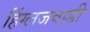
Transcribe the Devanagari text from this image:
हिंग्लजवाडी